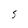
Character: S